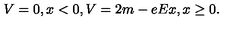
V = 0 , x < 0 , V = 2 m - e E x , x \geq 0 .